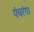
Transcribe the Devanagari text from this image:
पंचरंगा